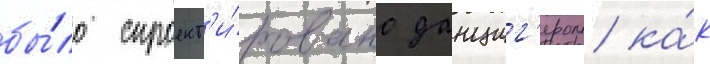
бы́ло спроект'и́ровано данциг'ером ка́к